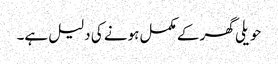
حویلی گھر کے مکمل ہونے کی دلیل ہے۔